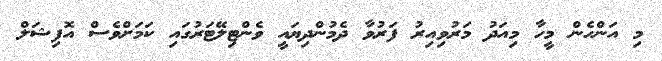
މި އަންހެން މީހާ މިއަދު މަރުވިއިރު ފަރުވާ ދެމުންދިޔައީ ވެންޓިލޭޓަރުގައި ކަމަށްވެސް އޮފިޝަލް